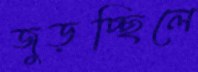
জুড়চ্ছিলে